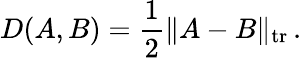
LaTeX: D(A,B)={\frac{1}{2}}\| A-B\| _{\mathrm{{tr}}}\, .